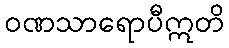
ဝဏသာရောပီဣတိ